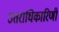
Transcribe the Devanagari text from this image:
उतराधिकारिणी